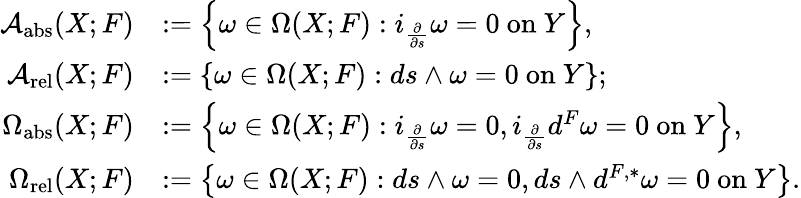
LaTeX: \begin{array}{rl}{\mathcal{A}_{\mathrm{abs}}(X;F)}&{:=\left\{ \omega\in\Omega(X;F):i_{\frac{\partial}{\partial s}}\omega=0\mathrm{~on~}Y\right\} ,}\\ {\mathcal{A}_{\mathrm{rel}}(X;F)}&{:=\left\{ \omega\in\Omega(X;F):ds\wedge\omega=0\mathrm{~on~}Y\right\} ;}\\ {\Omega_{\mathrm{abs}}(X;F)}&{:=\left\{ \omega\in\Omega(X;F):i_{\frac{\partial}{\partial s}}\omega=0,i_{\frac{\partial}{\partial s}}d^{F}\omega=0\mathrm{~on~}Y\right\} ,}\\ {\Omega_{\mathrm{rel}}(X;F)}&{:=\left\{ \omega\in\Omega(X;F):ds\wedge\omega=0,ds\wedge d^{F,*}\omega=0\mathrm{~on~}Y\right\} .}\end{array}